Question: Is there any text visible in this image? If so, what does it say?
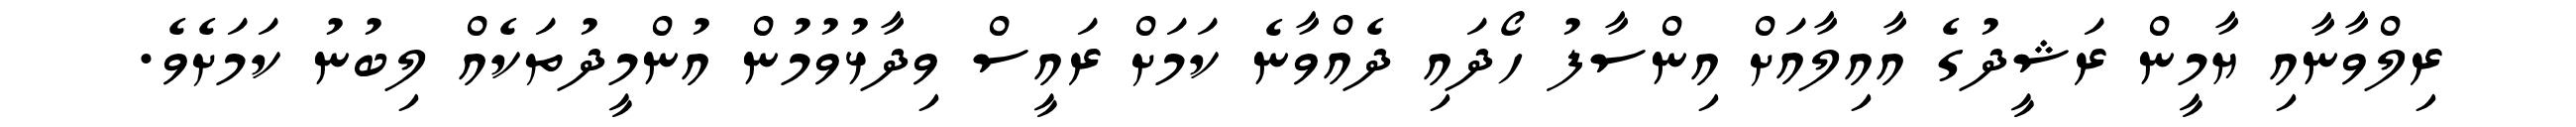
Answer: ރިލްވާނާއި ޔާމީން ރަޝީދުގެ އާއިލާއަށް އިންސާފު ހޯދައި ދެއްވާނެ ކަމަށް ރައީސް ވިދާޅުވުމުން އުންމީދުތަކެއް ލިބުނު ކަމަށެވެ.